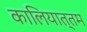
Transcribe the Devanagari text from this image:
कालियात्तम